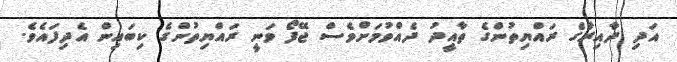
އަދި ދާއިރާގެ ރައްޔިތުންގެ ތާއީދު ދެއްވުމަށްވެސް ޖޭފޯ ވަނީ ރައްޔިތުންގެ ކިބައިން އެދިފައެވެ.